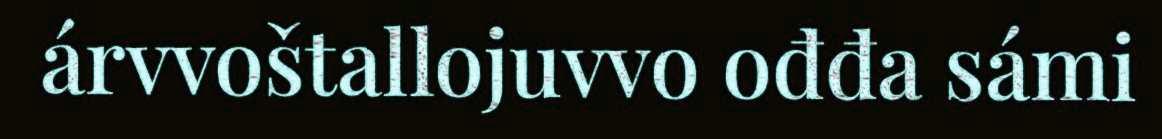
árvvoštallojuvvo ođđa sámi